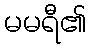
မမရီ၏